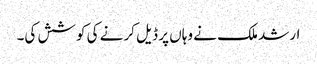
ارشد ملک نے وہاں پر ڈیل کرنے کی کوشش کی۔